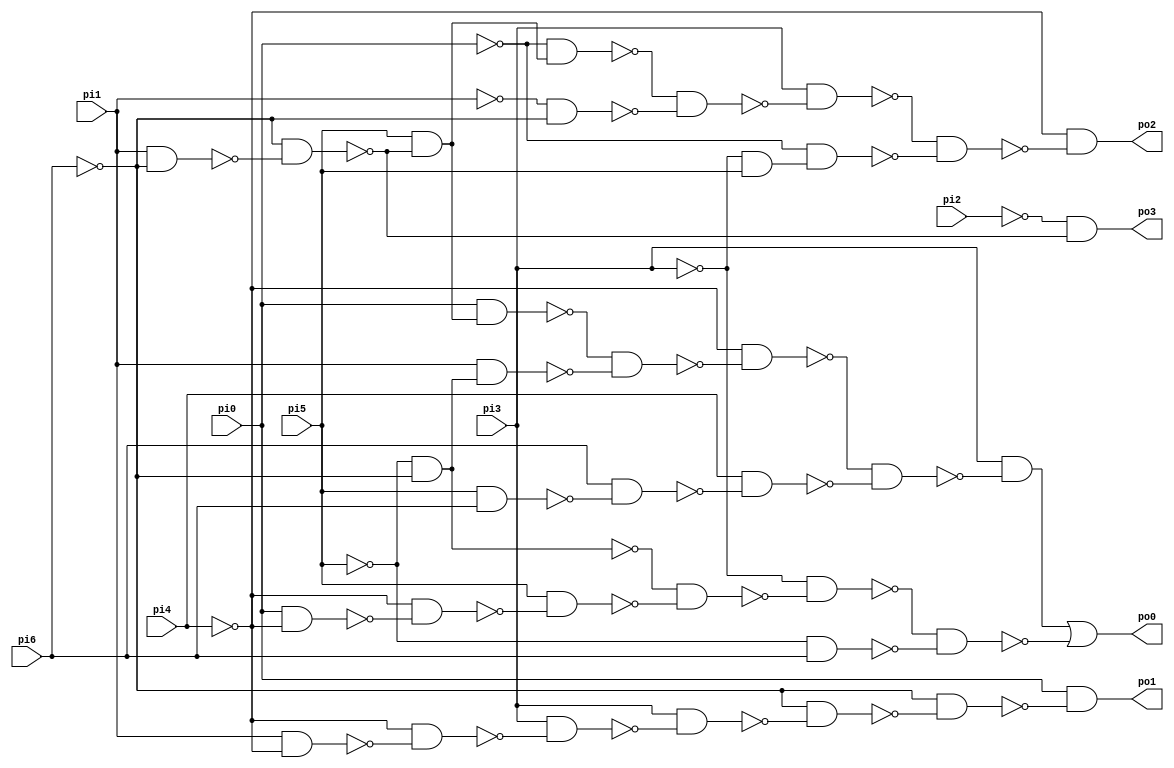
// Benchmark "/mnt/d/Dropbox/benchmarks/ISCAS/PLA/minterms/s27_split" written by ABC on Fri Dec  8 07:28:52 2017

module s27_split ( 
    pi0, pi1, pi2, pi3, pi4, pi5, pi6,
    po0, po1, po2, po3 );
  input  pi0, pi1, pi2, pi3, pi4, pi5, pi6;
  output po0, po1, po2, po3;
  wire n12, n13, n14, n15, n16, n17, n18, n19, n20, n21, n22, n23, n24, n25,
    n26, n27, n28, n29, n30, n31, n33, n34, n35, n36, n37, n38, n40, n41,
    n42, n43, n44, n45, n46;
  assign n12 = pi1 & ~pi6;
  assign n13 = ~pi6 & ~n12;
  assign n14 = pi5 & ~n13;
  assign n15 = pi0 & n14;
  assign n16 = ~pi5 & ~pi6;
  assign n17 = pi1 & n16;
  assign n18 = ~n15 & ~n17;
  assign n19 = ~pi4 & ~n18;
  assign n20 = pi5 & pi6;
  assign n21 = pi6 & ~n20;
  assign n22 = pi4 & ~n21;
  assign n23 = ~n19 & ~n22;
  assign n24 = pi3 & ~n23;
  assign n25 = pi0 & ~pi4;
  assign n26 = ~pi4 & ~n25;
  assign n27 = pi5 & ~n26;
  assign n28 = ~n16 & ~n27;
  assign n29 = ~pi3 & ~n28;
  assign n30 = ~pi5 & pi6;
  assign n31 = ~n29 & ~n30;
  assign po0 = n24 | ~n31;
  assign n33 = pi1 & ~pi4;
  assign n34 = ~pi4 & ~n33;
  assign n35 = pi3 & ~n34;
  assign n36 = pi3 & ~n35;
  assign n37 = ~pi6 & ~n36;
  assign n38 = ~pi6 & ~n37;
  assign po1 = pi0 & ~n38;
  assign n40 = ~pi0 & n14;
  assign n41 = ~pi1 & ~pi6;
  assign n42 = ~n40 & ~n41;
  assign n43 = pi3 & ~n42;
  assign n44 = ~pi3 & pi5;
  assign n45 = ~pi0 & n44;
  assign n46 = ~n43 & ~n45;
  assign po2 = ~pi4 & ~n46;
  assign po3 = ~pi2 & ~n13;
endmodule